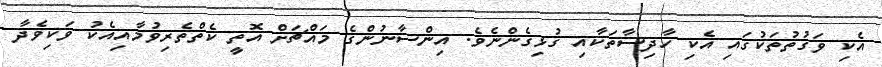
އެކި ވަގުތުތަކުގައި އެކި ހާދިސާތަކާއި ގުޅިގެންނެވެ. އިންސާނުންގެ މައްޗަށް އޮތީ ކެތްތެރިވުމާއިއެކު ވަކިވެދާ